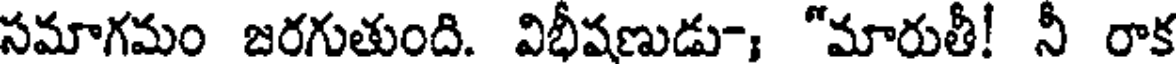
సమాగమం జరగుతుంది. విభీషణుడు; "మారుతీ! నీ రాక